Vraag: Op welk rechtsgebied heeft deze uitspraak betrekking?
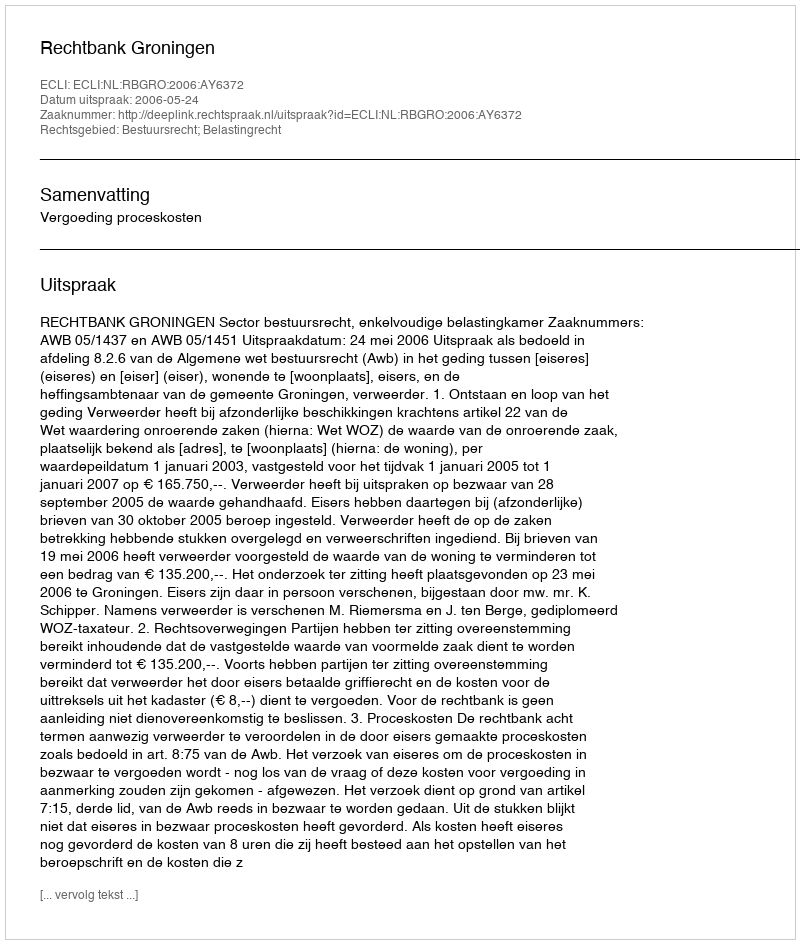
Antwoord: Bestuursrecht; Belastingrecht